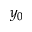
y _ { 0 }